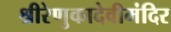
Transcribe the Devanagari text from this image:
श्रीरेणुकादेवीमंदिर